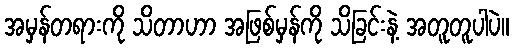
အမှန်တရားကို သိတာဟာ အဖြစ်မှန်ကို သိခြင်းနဲ့ အတူတူပါပဲ။